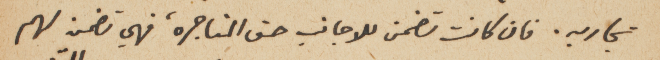
تجاريه. فان كانت تضمن للاجانب حق المتاجره، فهي تضمن لهم